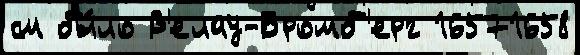
см бы́ло В'елау-Бромб'ерг 16571658